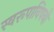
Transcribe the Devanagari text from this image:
स्वरूपाविषयी